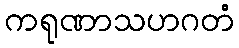
ကရုဏာသဟဂတံ